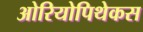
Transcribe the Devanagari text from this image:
ओरियोपिथेकस